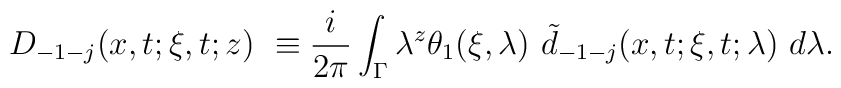
D_{-1-j}(x,t;\xi ,t;z)\ \equiv \frac i{2\pi}\int_\Gamma \lambda ^z\theta _1(\xi ,\lambda )\ \tilde d_{-1-j}(x,t;\xi,t;\lambda )\ d\lambda.